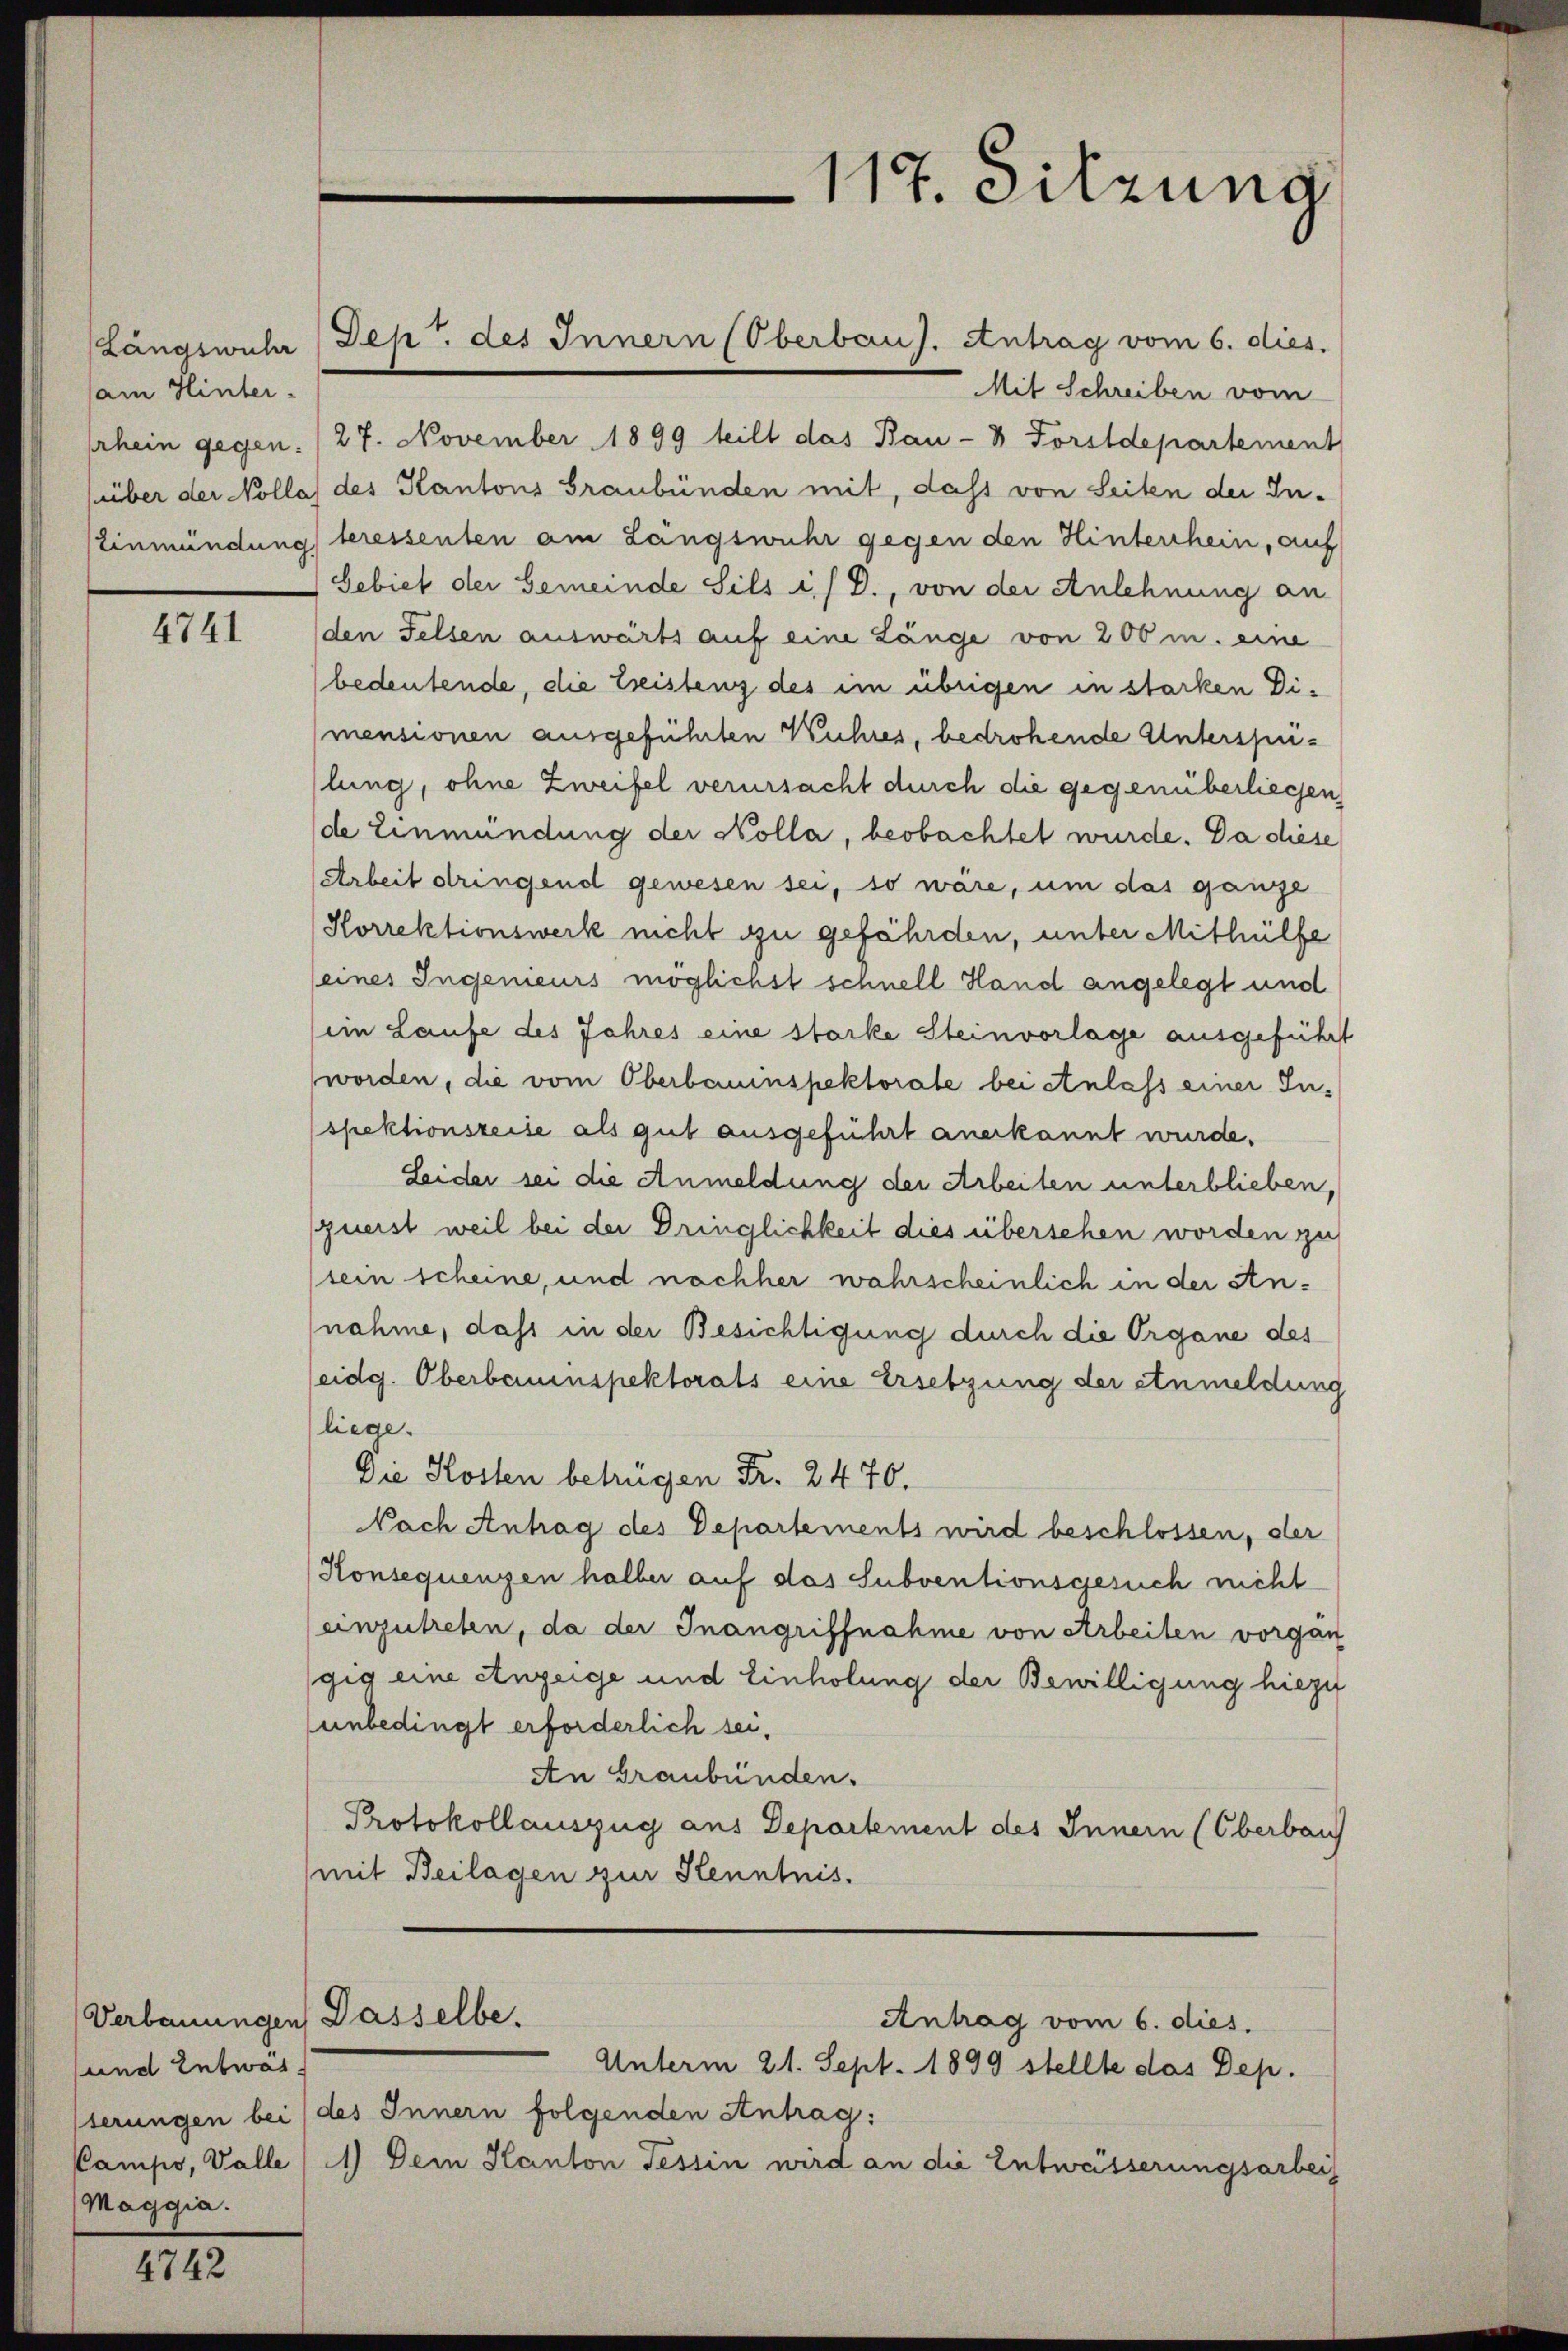
Langswuhr
am Hinter-
Einmündung

4741

sund Entwas.
Maggia.

4742

Mit Schreiben vom
hrhein gegen. /27. November 1899 teilt das Bau- & Forstdepartement
über der Nollas des Kantons Graubünden mit, dass von Seiten der Interessenten am Langswuhr gegen den Hinterhein, auf
Gebiet der Gemeinde Sils i/ D., von der Anlehnung an
(den Felsen auswärts auf eine Länge von 200 m. eine
bedeutende, die Leistenz des im übrigen in starken Dimensionen ausgeführten Wuhres, bedrohende Unterspulung, ohne Zweifel verursacht durch die gegenüberliegen
de Einmündung der Kolla, beobachtet wurde. Da diese
Arbeit dringend gewesen sei, so wäre, um das ganze
(Korrektionswerk nicht zu gefährden, unter Mithülfe
(eines Ingenieurs möglichst schnell Hand angelegt und
(ein Laufe des Jahres eine starke Stein vorlage ausgeführt
worden, die vom Oberbauinspektorale bei Anlass einer Inspektionszeite als gut ausgeführt anerkannt wurde.
Leider sei die Anmeldung der Arbeiten unterblieben,
zuerst weil bei der Dringlichkeit dies übersehen worden zu
sein scheine, und nachher wahrscheinlich in der Annahme, dass in der Besichtigung durch die Organe des
eidg. Oberbauinspektorats eine Ersetzung der Anmeldung
liege.
Die Kosten betrügen Fr. 2470.
Nach Antrag des Departements wird beschlossen, der
Konsequenzen halber auf das Subventionsgesuch nicht
einzutreten, da der Inangriffnahme von Arbeiten vorgan
gig eine Anzeige und Einholung der Bewilligung hiezu
unbedingt erforderlich sei,
An Graubünden.
Protokollauszug aus Departement des Innern (Oberbau
mit Beilagen zur Kenntnis.

Dep. des Innern (Oberbaus. Antrag vom 6. dies.

Verbauungen Dasselbe.

117. Sitzung

Unterm 21. Sept. 1899 stellte das Dep
serungen bei (des Innern folgenden Antrag:
Campo, Valle (1) Dem Kanton Tessin wird an die Entwässerungsarbei

Antrag vom 6. dies.